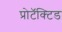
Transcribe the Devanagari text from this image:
प्रोटॅक्टिड